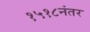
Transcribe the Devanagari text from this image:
१५१८नंतर